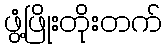
ဖွံ့ဖြိုးတိုးတက်